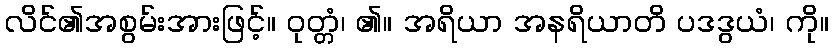
လိင်၏အစွမ်းအားဖြင့်။ ဝုတ္တံ၊ ၏။ အရိယာ အနရိယာတိ ပဒဒွယံ၊ ကို။